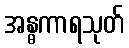
အန္ဓကာရသုတ်